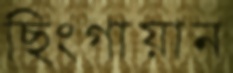
ছিংগায়ান